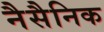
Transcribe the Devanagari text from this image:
नैसैनिक